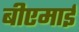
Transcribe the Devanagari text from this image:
बीएमाई